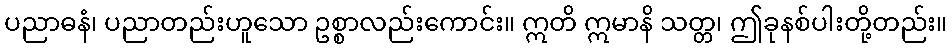
ပညာဓနံ၊ ပညာတည်းဟူသော ဥစ္စာလည်းကောင်း။ ဣတိ ဣမာနိ သတ္တ၊ ဤခုနစ်ပါးတို့တည်း။